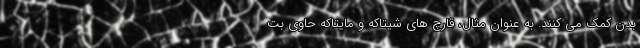
بدن کمک می کنند. به عنوان مثال، قارچ های شیتاکه و مایتاکه حاوی بت